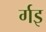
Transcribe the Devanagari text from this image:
र्गइ